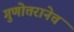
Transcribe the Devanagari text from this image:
गुणोत्तरानेच